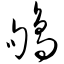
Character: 鸲